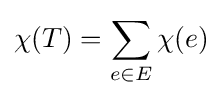
\chi (T)=\sum _{e\in E}\chi (e)